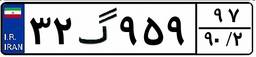
۱۸گ۷۳۹۹۳